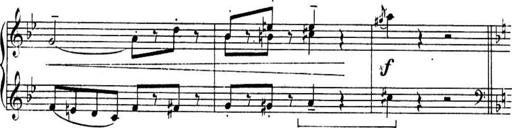
Title: Sonatines
Composer: Hedwige ChrÃ©tien